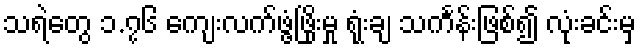
သရဲတွေ ၁.၇၆ ကျေးလက်ဖွံ့ဖြိုးမှု ရုံးချ သင်္ကန်းဖြစ်၍ လုံးခင်းမှ